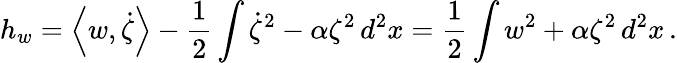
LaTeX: h_{w}=\left\langle w,\dot{\zeta}\right\rangle-\frac 12\int\dot{\zeta}^{2}-\alpha\zeta^{2}\, d^{2}x=\frac 12\int w^{2}+\alpha\zeta^{2}\, d^{2}x\, .